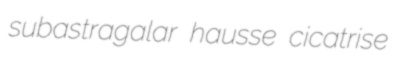
subastragalar hausse cicatrise